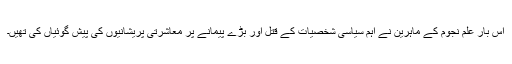
اس بار علم نجوم کے ماہرین نے اہم سیاسی شخصیات کے قتل اور بڑے پیمانے پر معاشرتی پریشانیوں کی پیش گوئیاں کی تھیں۔